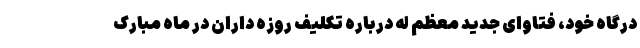
درگاه خود، فتاوای جدید معظم له درباره تکلیف روزه داران در ماه مبارک